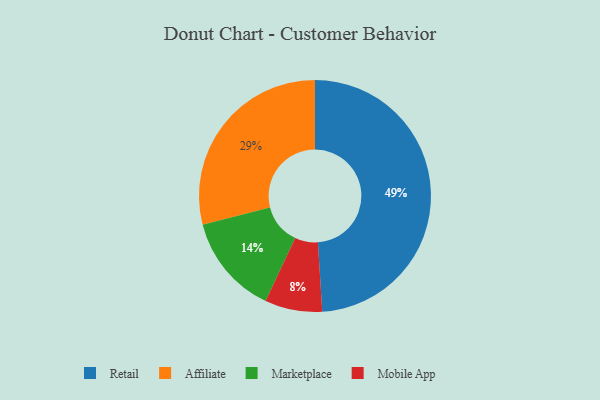
{"axis": {"x": "Category", "y": "Percentage"}, "legend": ["Affiliate", "Marketplace", "Mobile App", "Retail"], "data": [{"x": "Retail", "y": 49, "type": "Retail"}, {"x": "Mobile App", "y": 8, "type": "Mobile App"}, {"x": "Affiliate", "y": 29, "type": "Affiliate"}, {"x": "Marketplace", "y": 14, "type": "Marketplace"}]}